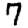
Digit: 7